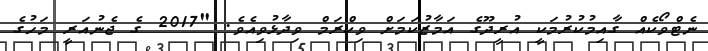
ނެޓްވޯކެއް ގާއިމުކުރުމަކީ އުރީދޫގެ އަމާޒުކަމަށް ވިކްރަމް ވިދާޅުވިއެވެ. "2017 ގެ ޖެނުއަރީ މަހުގެ